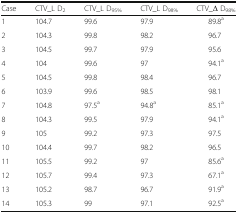
<table><thead><tr><td><b>Case</b></td><td><b>CTV_L D<sub>2</sub></b></td><td><b>CTV_L D<sub>95%</sub></b></td><td><b>CTV_L D<sub>98%</sub></b></td><td><b>CTV_Δ D<sub>98%</sub></b></td></tr></thead><tbody><tr><td>1</td><td>104.7</td><td>99.6</td><td>97.9</td><td>89.8<sup>a</sup></td></tr><tr><td>2</td><td>104.3</td><td>99.8</td><td>98.2</td><td>96.7</td></tr><tr><td>3</td><td>104.5</td><td>99.7</td><td>97.9</td><td>95.6</td></tr><tr><td>4</td><td>104</td><td>99.6</td><td>97</td><td>94.1<sup>a</sup></td></tr><tr><td>5</td><td>104.5</td><td>99.8</td><td>98.4</td><td>96.7</td></tr><tr><td>6</td><td>103.9</td><td>99.6</td><td>98.5</td><td>98.1</td></tr><tr><td>7</td><td>104.8</td><td>97.5<sup>a</sup></td><td>94.8<sup>a</sup></td><td>85.1<sup>a</sup></td></tr><tr><td>8</td><td>104.3</td><td>99.5</td><td>97.9</td><td>94.1<sup>a</sup></td></tr><tr><td>9</td><td>105</td><td>99.2</td><td>97.3</td><td>97.5</td></tr><tr><td>10</td><td>104.4</td><td>99.7</td><td>98.2</td><td>96.5</td></tr><tr><td>11</td><td>105.5</td><td>99.2</td><td>97</td><td>85.6<sup>a</sup></td></tr><tr><td>12</td><td>105.7</td><td>99.4</td><td>97.3</td><td>67.1<sup>a</sup></td></tr><tr><td>13</td><td>105.2</td><td>98.7</td><td>96.7</td><td>91.9<sup>a</sup></td></tr><tr><td>14</td><td>105.3</td><td>99</td><td>97.1</td><td>92.5<sup>a</sup></td></tr></tbody></table>